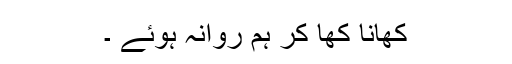
کھانا کھا کر ہم روانہ ہوئے ۔